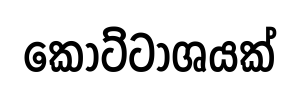
කොට්ටාශයක්